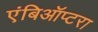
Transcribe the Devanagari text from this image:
एंबिऑप्टरा